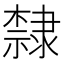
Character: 隸